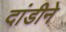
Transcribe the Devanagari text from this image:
दांडीने